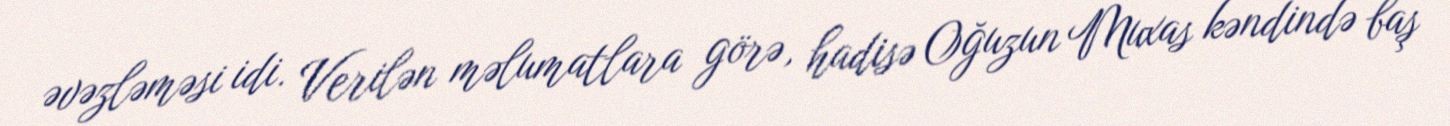
əvəzləməsi idi. Verilən məlumatlara görə, hadisə Oğuzun Muxas kəndində baş